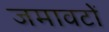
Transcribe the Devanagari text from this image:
जमावटों